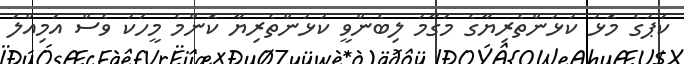
ކަޕުގެ މޮޅު ކުޅުންތެރިޔާގެ މަގާމު ލިބެންވީ ކުޅުންތެރިޔާ ކޮންމެ މީހަކު ވެސް އަމިއްލަ